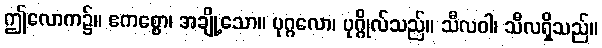
ဤလောက၌။ ဧကစ္စော၊ အချို့သော။ ပုဂ္ဂလော၊ ပုဂ္ဂိုလ်သည်။ သီလဝါ၊ သီလရှိသည်။